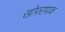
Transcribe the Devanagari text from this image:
खोपरापाक